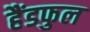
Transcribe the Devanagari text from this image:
हैंडफुल